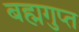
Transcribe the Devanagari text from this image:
बह्मगुप्त